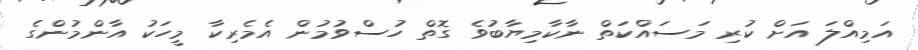
އަމިއްލަ އަށް ކުރި މަސައްކަތް ނާކާމިޔާބުވެ ގޮތް ހުސްވުމުން އެމެރިކާ މީހަކު އާންމުންގެ